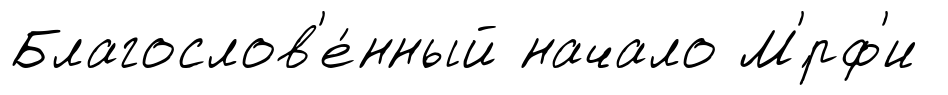
Благослов'е́нный начало М'́рф'и